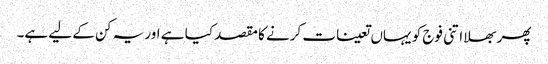
پھر بھلا اتنی فوج کو یہاں تعینات کرنے کا مقصد کیا ہے اور یہ کن کے لیے ہے۔